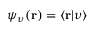
\psi _ { \nu } ( \mathbf { r } ) = \langle \mathbf { r } | \nu \rangle